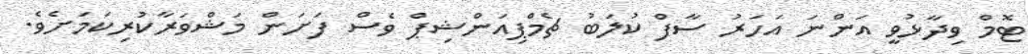
ޓޮމް ވިދާޅުވީ އަންނަ އަހަރު ސާފް ކުލަބު ޗެމްޕިއަންޝިޕް ވެސް ފަށަން މަޝްވަރާކުރިކަމަށެވެ.